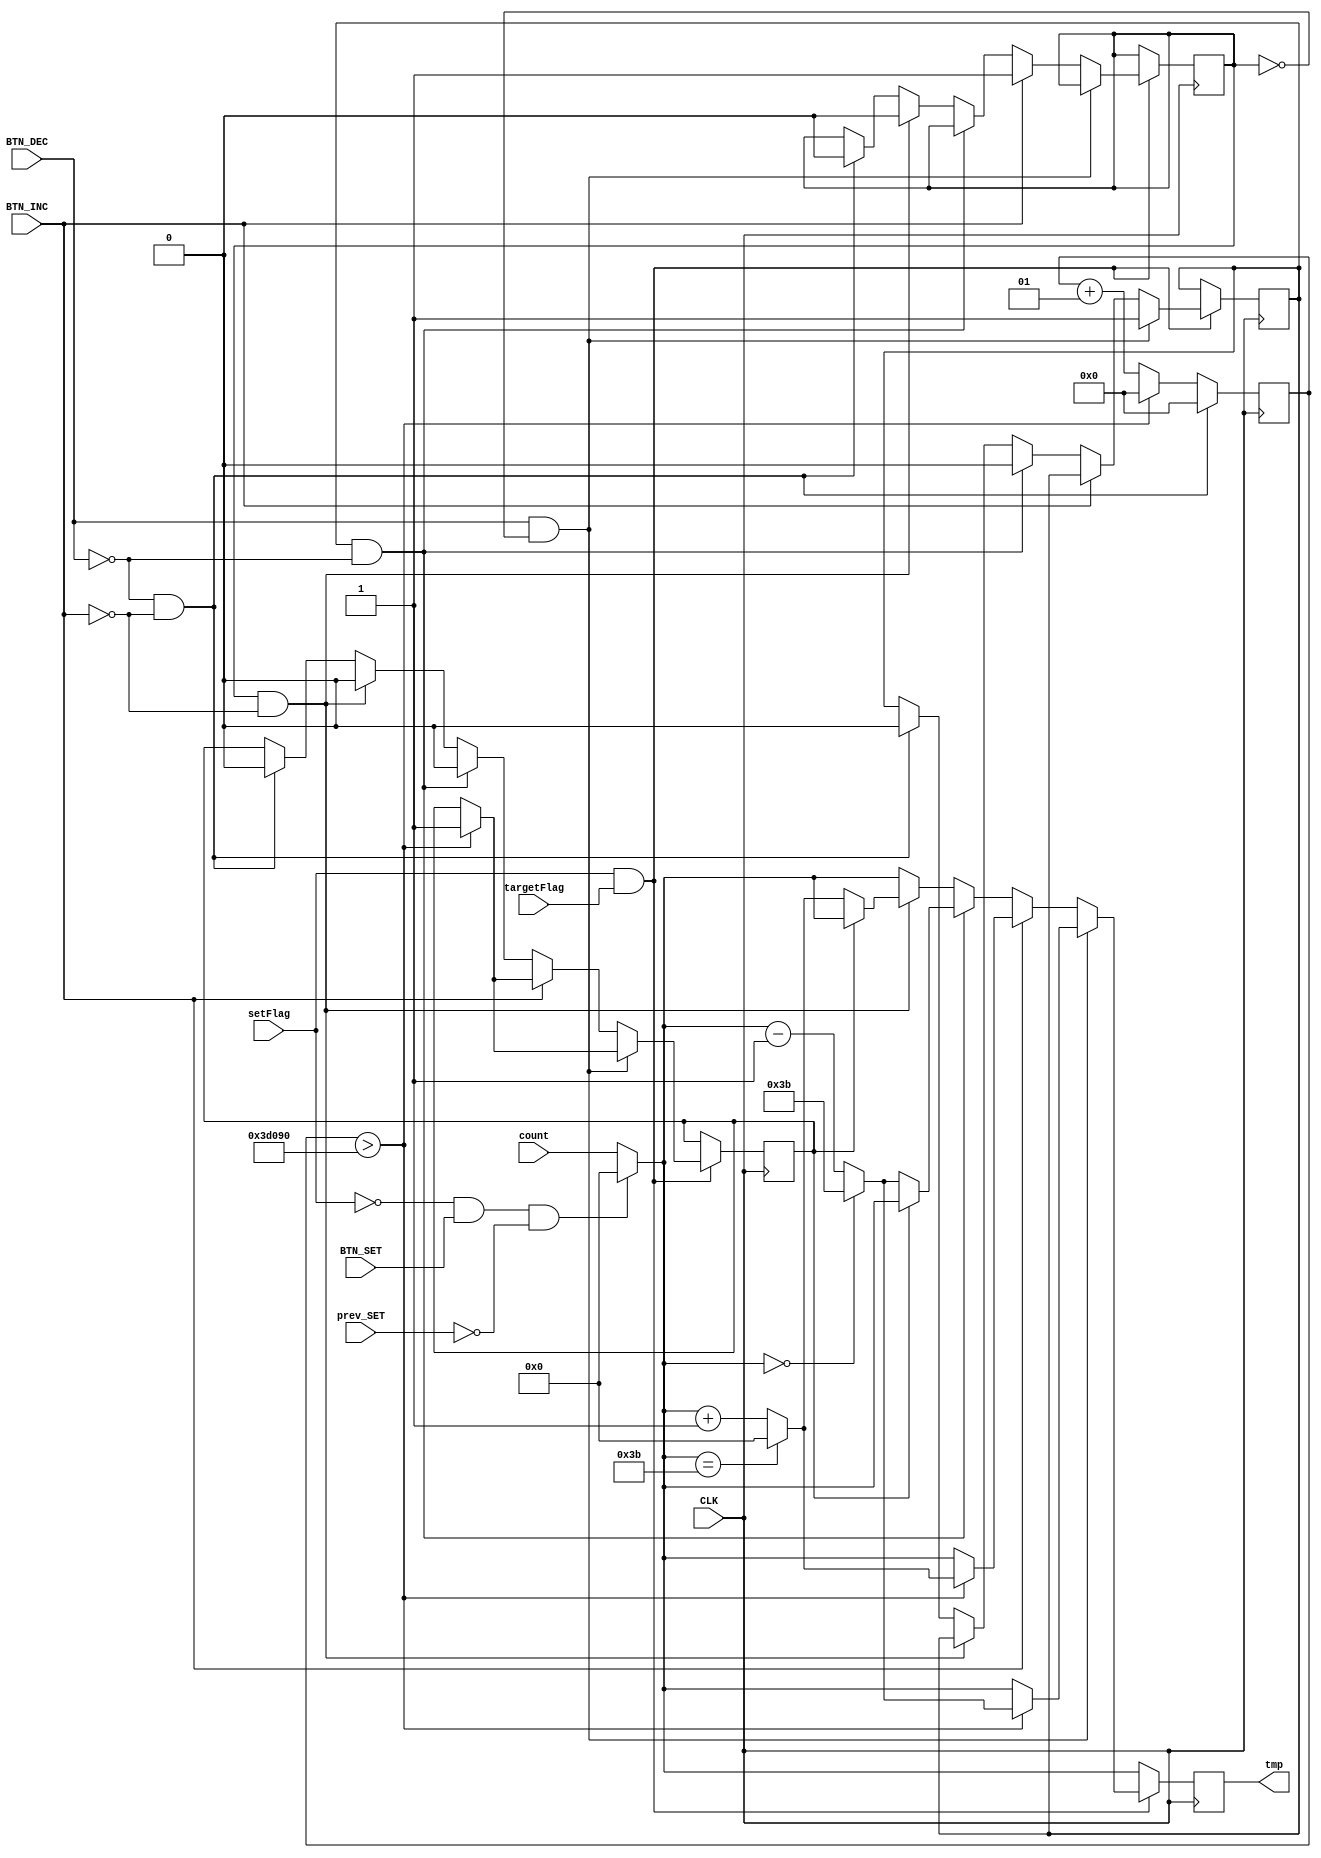
// AL_BUTTONCOUNTER.v

module AL_BUTTONCOUNTER(
	CLK, BTN_INC, BTN_DEC, BTN_SET, 
	count, setFlag, targetFlag, prev_SET,
	tmp
);

input CLK, BTN_DEC, BTN_INC, BTN_SET; 
input setFlag, targetFlag, prev_SET;
input [6:0] count;

output [6:0] tmp;

integer btn_clock = 0; // if you press dec/inc button, time count
reg try_dec = 1'b0; // do decrese
reg try_inc = 1'b0; // do increse
reg count_change = 1'b0; // detects when you release the button too quickly

reg [6:0] internal_count;

always @(posedge CLK) 
begin
	if (~BTN_DEC & ~BTN_INC) btn_clock = 0;
	else 
	begin
		if (btn_clock > 250000) btn_clock = 0;
		else btn_clock = btn_clock + 1;
	end
end

always @(posedge CLK)
begin
	if (~setFlag && BTN_SET && ~prev_SET) internal_count = 0;
	else internal_count = count;

	if (setFlag && targetFlag) 
	begin
		if (BTN_DEC & ~try_inc) // press decrese button
		// ignore dec while pressing inc button
		begin
			try_dec = 1'b1;
			
			if (btn_clock > 250000)
			begin
				count_change = 1'b1;
				if (internal_count == 6'b000000) internal_count = 6'b111011; // 59
				else internal_count = internal_count - 1;
			end
		end
		
		else if (BTN_INC) // press increse button
		begin
			try_inc = 1'b1;

			if (btn_clock > 250000)
			begin
				count_change = 1'b1;
				if (internal_count == 6'b111011) internal_count = 6'b000000;
				else internal_count = internal_count + 1;
			end
		end
		
		else if (try_dec & ~BTN_DEC) // when you release the dec button
		begin
			if (~count_change) 
			begin
				// If the count change flag hasn't changed, it's taken off too quickly
				if (internal_count == 6'b000000) internal_count = 6'b111011;
				else internal_count = internal_count - 1;
			end
			
			try_dec = 1'b0;
			count_change = 1'b0; // Considering that the count will change, it should be reset
		end
		
		
		else if (try_inc & ~BTN_INC) // when you release the inc button
		begin
			if (~count_change) 
			begin
				// If the count change flag hasn't changed, it's taken off too quickly
				if (internal_count == 6'b111011) internal_count = 6'b000000; // 0
				else internal_count = internal_count + 1; 
			end
			
			try_inc = 1'b0; 
			count_change = 1'b0; // Considering that the count will change, it should be reset
		end
		
		else if (~BTN_DEC & ~BTN_INC) 
		begin
			count_change = 1'b0; // reset change state
			try_dec = 1'b0; // reset dec state
			try_inc = 1'b0; // reset int state
		end
	end
end

assign tmp = internal_count;

endmodule